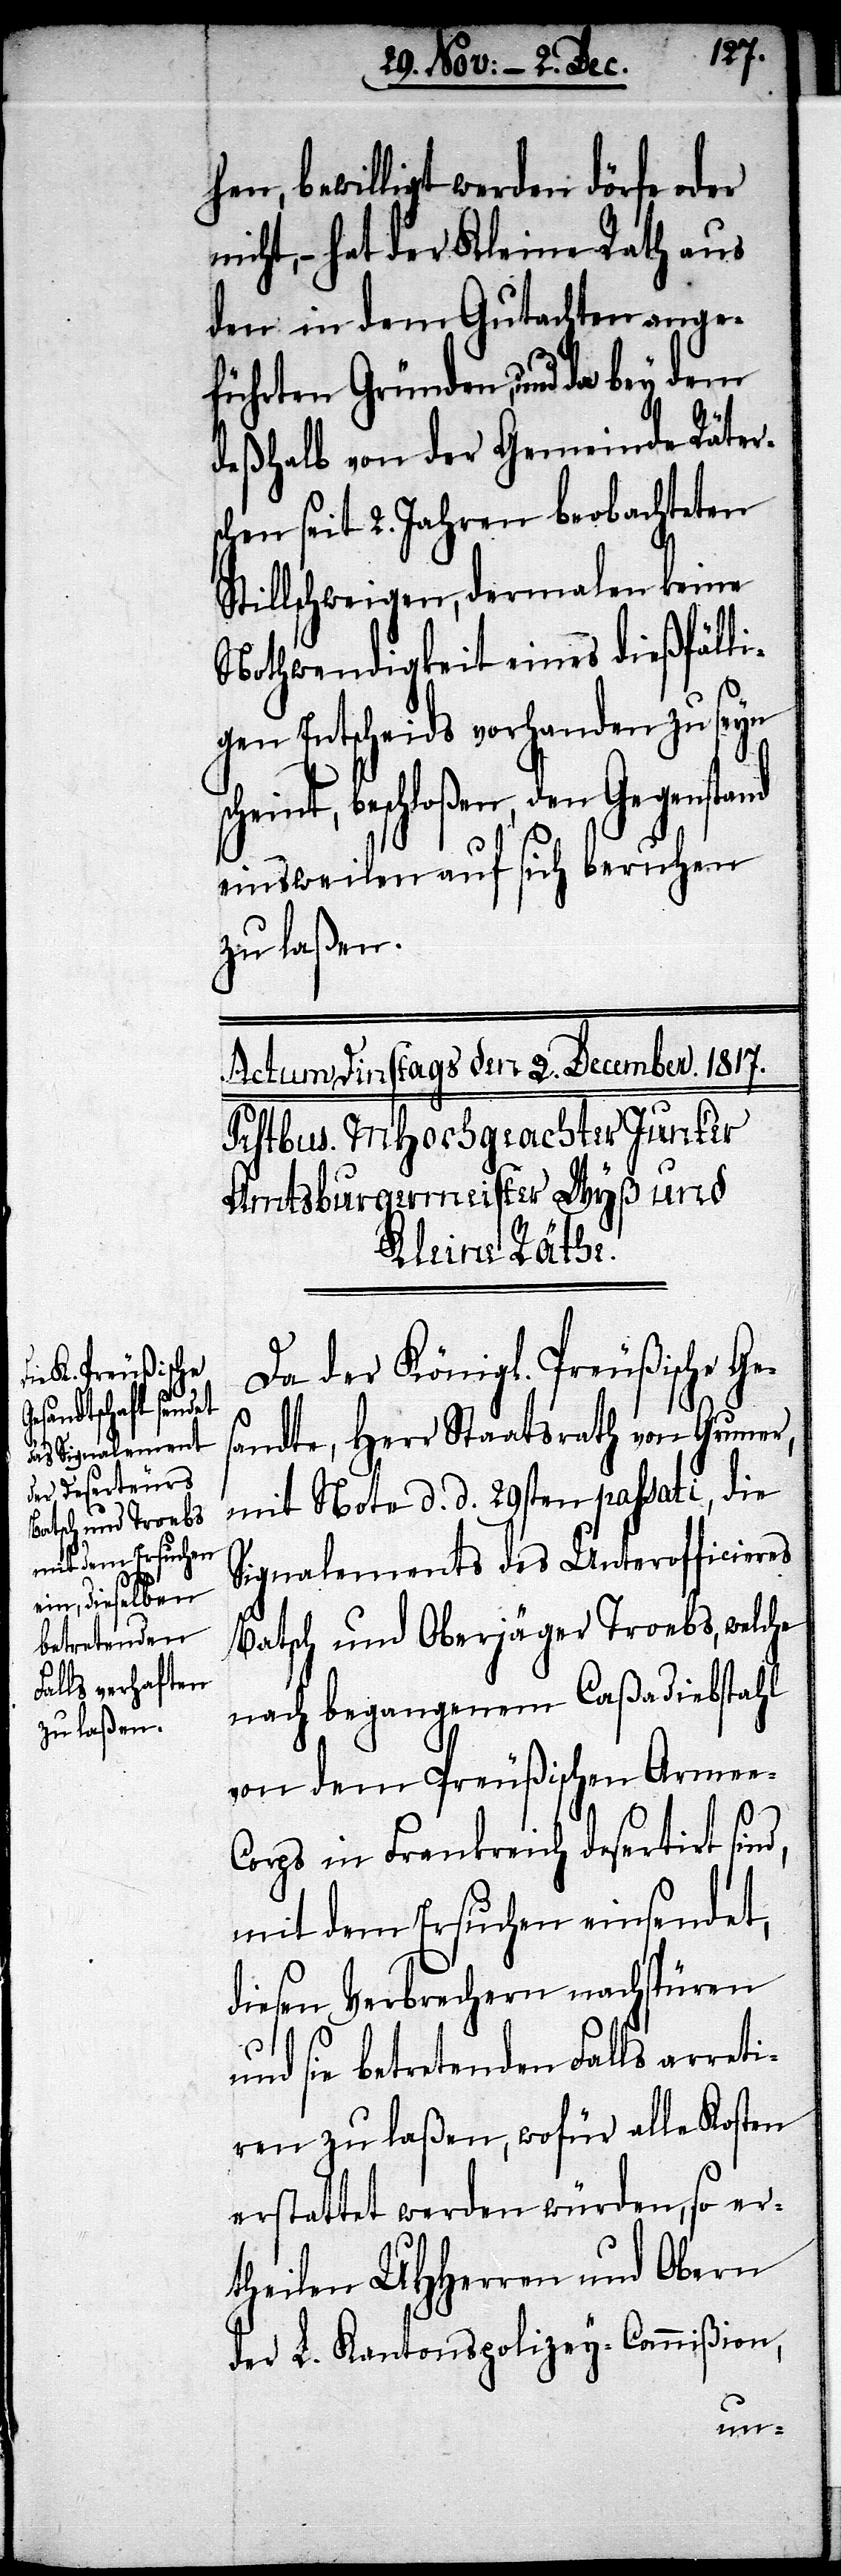
hen, bewilligt werden dörfe oder
nicht, – hat der Kleine Rath aus
den in dem Gutachten ange¬
führten Gründen, und da bey dem
deßhalb von der Gemeinde Räter¬
schen seit 2. Jahren beobachteten
Stillschweigen, dermalen keine
Nothwendigkeit eines dießfälli¬
gen Entscheids vorhanden zu seyn
beschloßen, den Gegensta¬
einsweilen auf sich beruhen
zu laßen.
Da der Königl. Preußische Ge¬
sandte, Herr Staatsrath von Gruner,
mit Note d. d. 29sten passati, die
Signalements des Unterofficieres
Batsch und Oberjäger Troebs, welche
nach begangenem Caßadiebstahl
von dem Preußischen Armee-C¬
orps in Frankreich desertirt sind,
mit dem Ersuchen einsendet,
diesen Verbrechern nachspüren
und sie betretenden Falls arreti¬
ren zu laßen, wofür alle Kosten
erstattet werden würden, so er¬
theilen UHHerren und Obern
der L. Kantonspolizey-Commißion,
nd